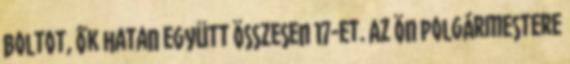
boltot, ők hatan együtt összesen 17-et. Az ön polgármestere